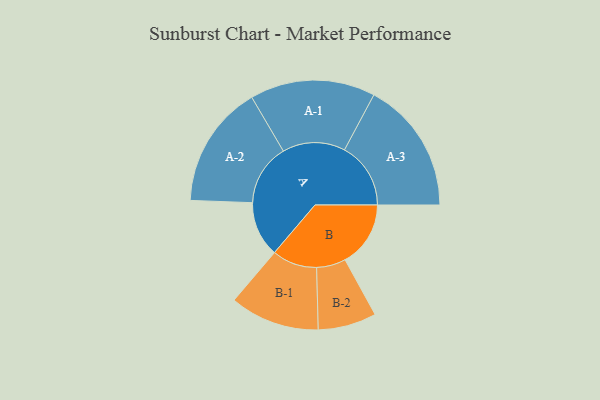
{"axis": {"x": "Segment", "y": "Value"}, "legend": ["", "A", "B"], "data": [{"x": "A", "y": 233, "type": ""}, {"x": "B", "y": 276, "type": ""}, {"x": "A-1", "y": 264, "type": "A"}, {"x": "A-2", "y": 259, "type": "A"}, {"x": "A-3", "y": 279, "type": "A"}, {"x": "B-1", "y": 189, "type": "B"}, {"x": "B-2", "y": 123, "type": "B"}]}